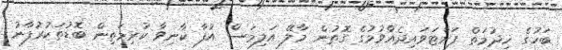
ބަހުގެ ޚިދުމަތް ފަށްޓަވައިދެއްވުމުގެ ގޮތުން މާލޭ އަލިމަސް އުފާ ކާނިވާ ކުރިމަތިން ބޮޑުތަކުރުފާނު